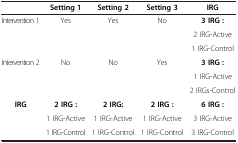
|  | Setting 1 | Setting 2 | Setting 3 | IRG |
 | --- | --- | --- | --- | --- |
 | Intervention 1 | Yes | Yes | No | 3 IRG : |
 |  |  |  |  | 2 IRG-Active |
 |  |  |  |  | 1 IRG-Control |
 | Intervention 2 | No | No | Yes | 3 IRG : |
 |  |  |  |  | 1 IRG-Active |
 |  |  |  |  | 2 IRGs-Control |
 | IRG | 2 IRG : | 2 IRG: | 2 IRG : | 6 IRG : |
 |  | 1 IRG-Active | 1 IRG-Active | 1 IRG-Active | 3 IRG-Active |
 |  | 1 IRG-Control | 1 IRG-Control | 1 IRG-Control | 3 IRG-Control |